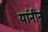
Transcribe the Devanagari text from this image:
यांनीन